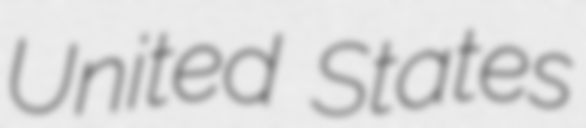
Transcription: United States